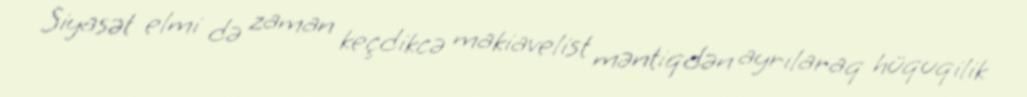
Siyasət elmi də zaman keçdikcə makiavelist məntiqdən ayrılaraq hüquqilik